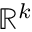
\mathbb { R } ^ { k }